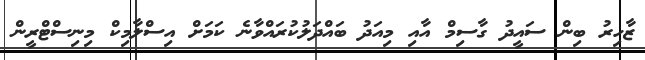
ޒާހިރު ބިން ސައީދު ގާސިމް އާއި މިއަދު ބައްދަލުކުރައްވާނެ ކަމަށް އިސްލާމިކް މިނިސްޓްރީން